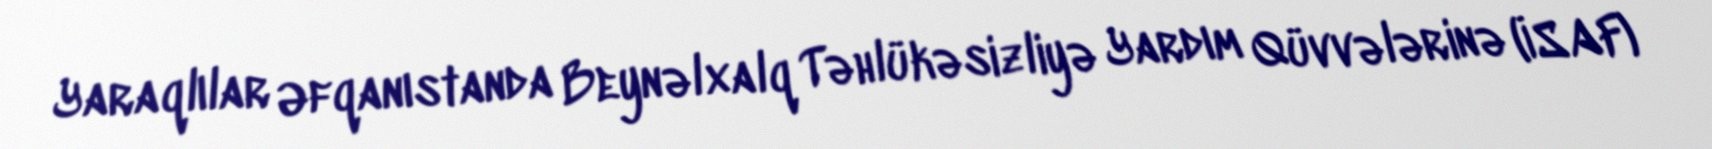
Yaraqlılar Əfqanıstanda Beynəlxalq Təhlükəsizliyə Yardım Qüvvələrinə (İSAF)